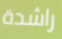
راشدة